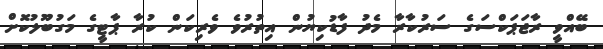
ބޭއްވީ ރާޖަޕަކްސަގެ ސަރުކާރާ މެދު ފާޑުކިޔުން އިތުރުވެ ވެރިކަން ކުރާ ޕާޓީގެ މަގުބޫލުކޮށް